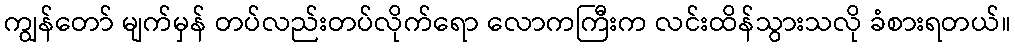
ကျွန်တော် မျက်မှန် တပ်လည်းတပ်လိုက်ရော လောကကြီးက လင်းထိန်သွားသလို ခံစားရတယ်။